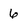
Character: 6